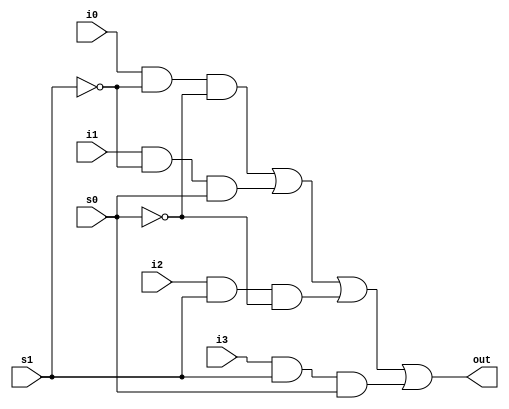

module mux_4_to_1_structural(
    input i0, i1, i2, i3, s1, s0,
    output out
);
    wire s1n, s0n;      // Internal wire
    wire y0,y1,y2,y3;
    
    //  Gate instantiations
    not (s1n, s1);
    not (s0n, s0);
    and (y0, i0, s1n, s0n);
    and (y1, i1, s1n, s0);
    and (y2, i2, s1, s0n);
    and (y3, i3, s1, s0);
    or (out, y0, y1, y2, y3);
endmodule